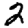
Digit: 2